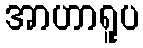
အာဟာရူပ